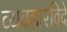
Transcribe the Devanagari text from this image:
व्यवहारविदे